Annual report of the Punjab Veterinary College and of the Civil Veterinary Department, Punjab - 1894-1908
Year: 1894
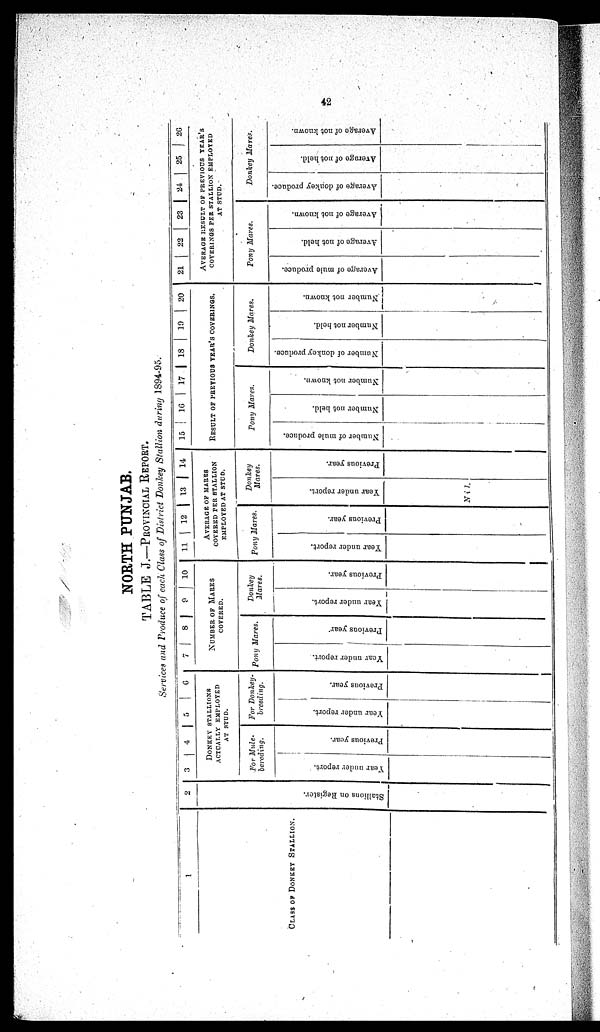
42
NORTH PUNJAB.
TABLE J.—PROVINCIAL REPORT.
Services and Produce of each Class of District Donkey Stallion during 1894-95.
1
CLASS OF DONKEY STALLION.
2
St al l
i
ons on Regi st er .
3 4 5 6
DONKEY STALLIONS
ACTUALLY EMPLOYED
AT STUD.
For Mule-
bereding.
Year under report.
Previous year.
For Donkey-
breeding.
Year under report.
Previous year.
7 8 9 10
NUMBER OF MARES
COVERED.
Pony Mares.
Year under report.
Previons year
Donkey
Mares.
Year under report.
Previous year.
11 12 13 14
AVERAGE OF MARES
COVERED PER STALLION
EMPLOYED AT STUD.
Pony Mares.
Year under report.
Previous year.
Donkey
Mares.
Year under report.
Nil.
Previous year.
15
1G
17
18
19
20
RESULT OF PREVIOUS YEAR'S COVERINGS.
Pony Mares.
Number of mule produce.
Number not held.
Number not known.
Donkey Mares.
Number of donkey produce.
Number not held.
Number not known.
21
22
23
24
25
26
AVERAGE RESULT OF PREVIOUS YEAR'S
COVERINGS PER STALLION EMPLOYED
AT STUD.
Pony Mares.
Average of mule produce.
Average of not held.
Average of not known.
Donkey Mares.
Average of donkey produce.
Average of not held.
Average of not known.